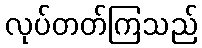
လုပ်တတ်ကြသည်